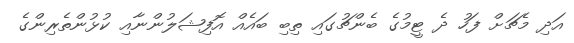
އަދި މެޗަށް ފަހު ދެ ޓީމުގެ ބެންޗުގައި ތިބި ބައެއް އޮފިޝަލުންނާއި ކުޅުންތެރިންގެ